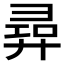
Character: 𢍟